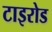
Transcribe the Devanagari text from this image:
टाइरोड